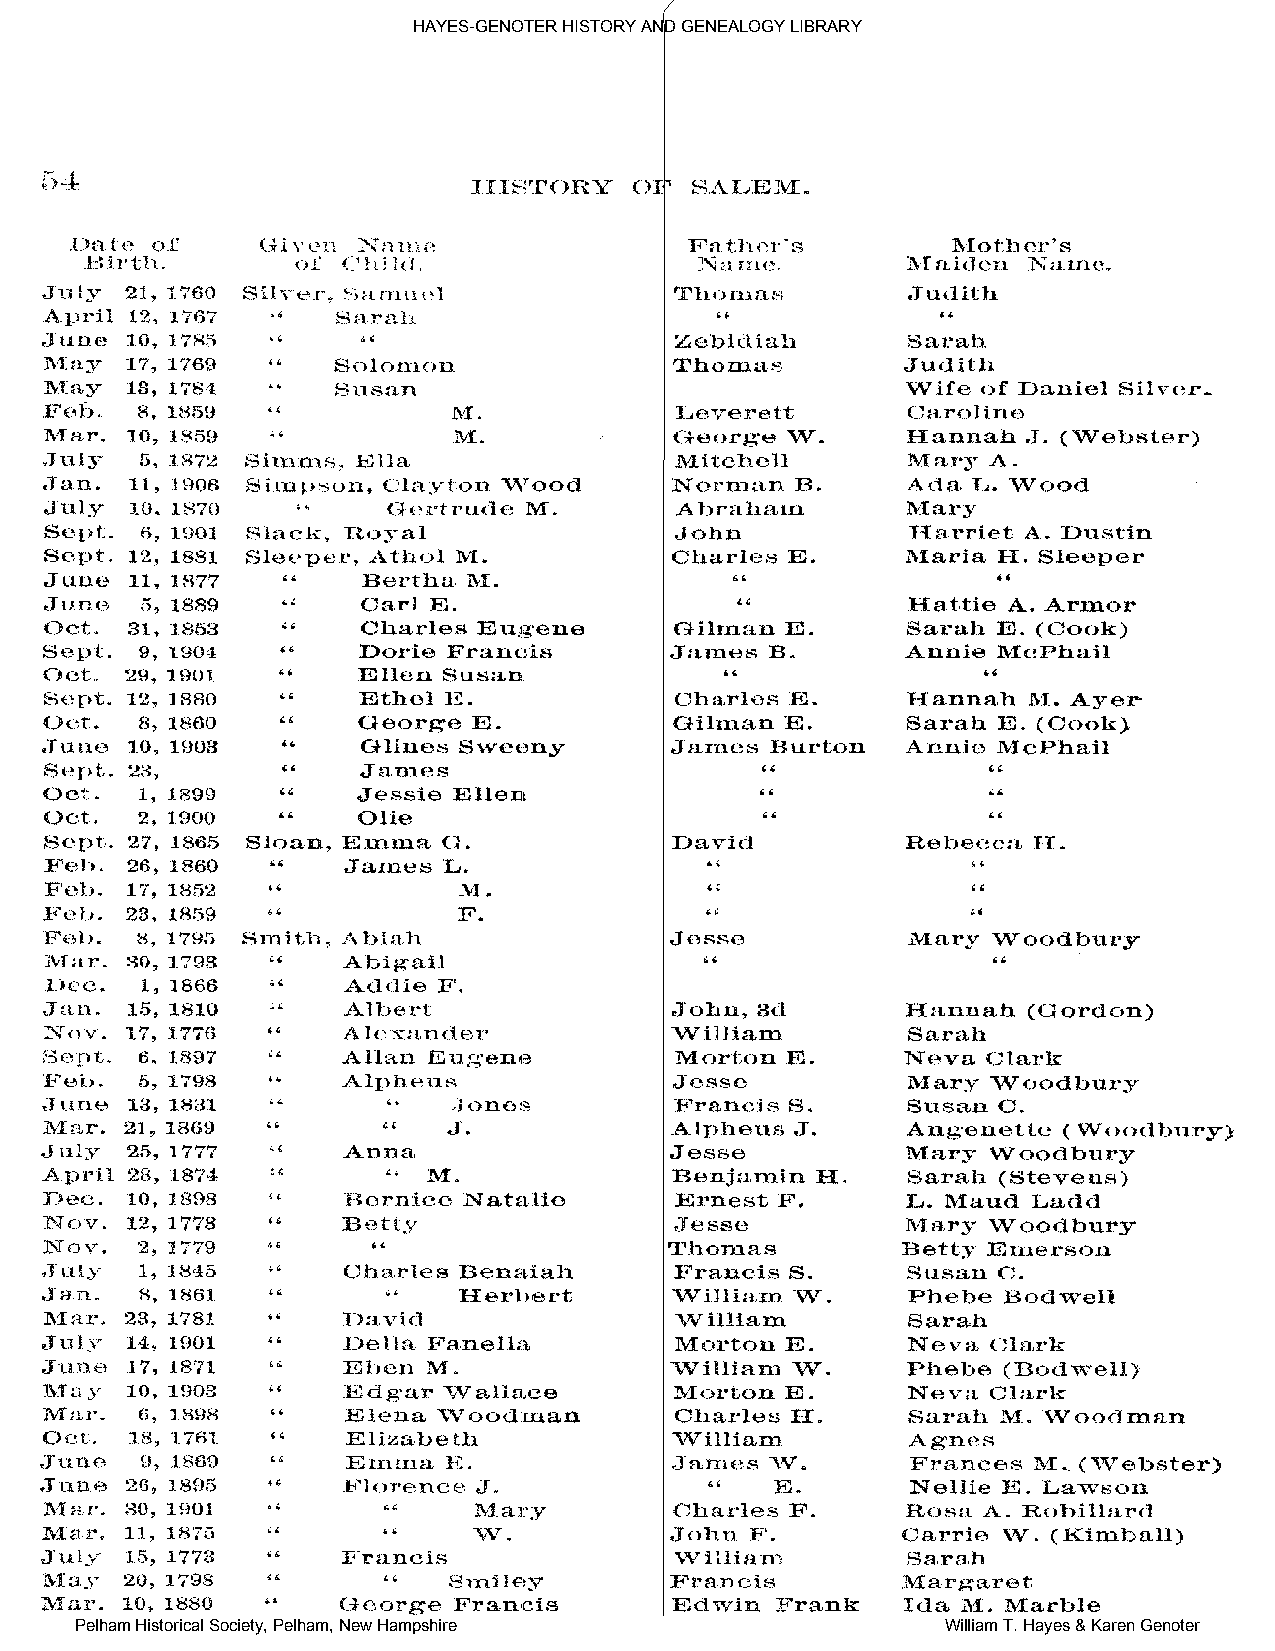
HAYES-GENOTER HISTORY AND GENEALOGY LIBRARY
 Pelham Historical Society, Pelham, New Hampshire          William T. Hayes & Karen Genoter